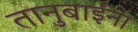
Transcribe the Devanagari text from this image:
तानुबाईंना